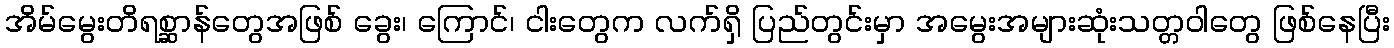
အိမ်မွေးတိရစ္ဆာန်တွေအဖြစ် ခွေး၊ ကြောင်၊ ငါးတွေက လက်ရှိ ပြည်တွင်းမှာ အမွေးအများဆုံးသတ္တဝါတွေ ဖြစ်နေပြီး